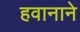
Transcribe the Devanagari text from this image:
हवानाने